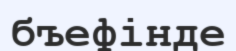
бъефінде